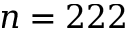
n = 2 2 2